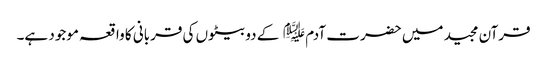
قرآن مجید میں حضرت آدم﷤ کے دو بیٹوں کی قربانی کا واقعہ موجود ہے۔